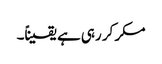
مکر کر رہی ہے یقیناً۔